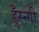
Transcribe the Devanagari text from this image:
हुँस्न्गी